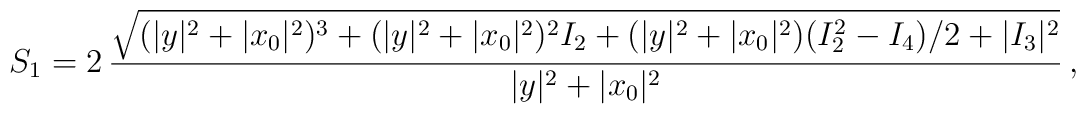
S_1=2\,\frac{\sqrt{(|y|^2+|x_0|^2)^3+(|y|^2+|x_0|^2)^2I_2+(|y|^2+|x_0|^2)(I_2^2-I_4)/2+|I_3|^2}}{|y|^2+|x_0|^2}\, ,